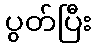
ပွတ်ပြီး